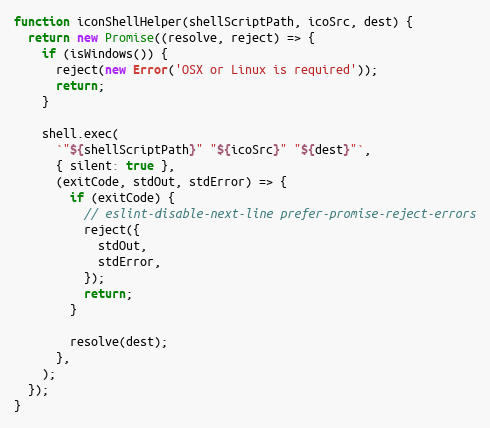
Language: JavaScript
function iconShellHelper(shellScriptPath, icoSrc, dest) {
  return new Promise((resolve, reject) => {
    if (isWindows()) {
      reject(new Error('OSX or Linux is required'));
      return;
    }

    shell.exec(
      `"${shellScriptPath}" "${icoSrc}" "${dest}"`,
      { silent: true },
      (exitCode, stdOut, stdError) => {
        if (exitCode) {
          // eslint-disable-next-line prefer-promise-reject-errors
          reject({
            stdOut,
            stdError,
          });
          return;
        }

        resolve(dest);
      },
    );
  });
}